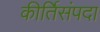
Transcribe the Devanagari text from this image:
कीर्तिसंपदा